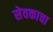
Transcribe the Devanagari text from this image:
सेवकाचा